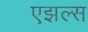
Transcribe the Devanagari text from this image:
एझल्स